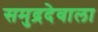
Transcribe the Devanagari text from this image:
समुद्रदेवाला